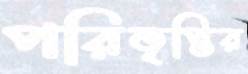
পরিতৃপ্তির